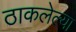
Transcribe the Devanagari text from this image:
ठाकलेल्या